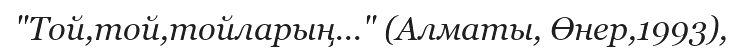
"Той,той,тойларың..." (Алматы, Өнер,1993),